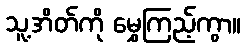
သူ့အိတ်ကို မွှေကြည့်ကွာ။